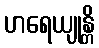
ဟရေယျုန္တိ